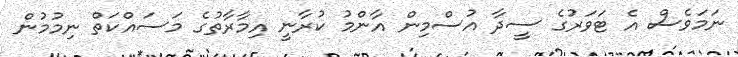
ނަމަވެސް އެ ޓަވަރުގެ ސީދާ އުސްމިން އާންމު ކުރާނީ އިމާރާތުގެ މަސައްކަތް ނިމުމުން